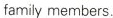
family members.